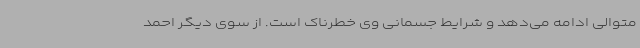
متوالی ادامه می‌دهد و شرایط جسمانی وی خطرناک است. از سوی دیگر احمد